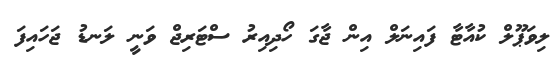
ލިވަޕޫލް ކުއާޓާ ފައިނަލް އިން ޖާގަ ހޯދިއިރު ސްޓަރިޖް ވަނީ ލަނޑު ޖަހައިފަ